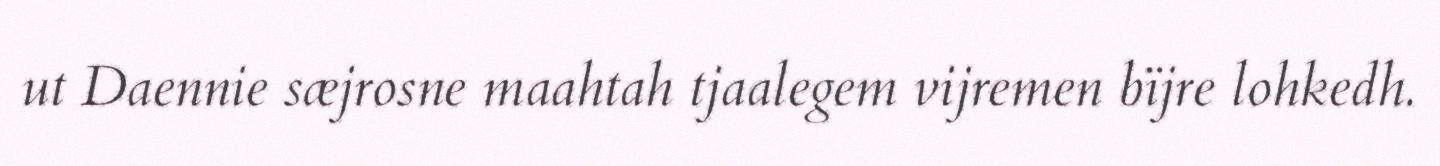
ut Daennie sæjrosne maahtah tjaalegem vijremen bïjre lohkedh.